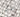
فاتني